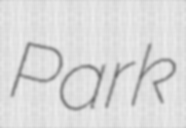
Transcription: Park